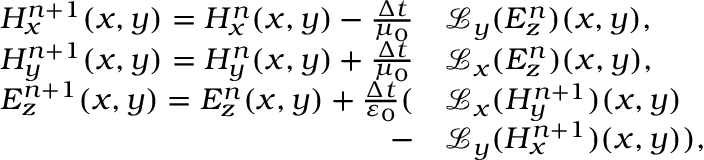
\begin{array} { r l } { H _ { x } ^ { n + 1 } ( x , y ) = H _ { x } ^ { n } ( x , y ) - \frac { \Delta t } { \mu _ { 0 } } } & { \mathcal { L } _ { y } ( E _ { z } ^ { n } ) ( x , y ) , } \\ { H _ { y } ^ { n + 1 } ( x , y ) = H _ { y } ^ { n } ( x , y ) + \frac { \Delta t } { \mu _ { 0 } } } & { \mathcal { L } _ { x } ( E _ { z } ^ { n } ) ( x , y ) , } \\ { E _ { z } ^ { n + 1 } ( x , y ) = E _ { z } ^ { n } ( x , y ) + \frac { \Delta t } { \varepsilon _ { 0 } } ( } & { \mathcal { L } _ { x } ( H _ { y } ^ { n + 1 } ) ( x , y ) } \\ { - } & { \mathcal { L } _ { y } ( H _ { x } ^ { n + 1 } ) ( x , y ) ) , } \end{array}